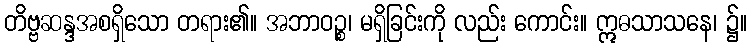
တိဗ္ဗဆန္ဒအစရှိသော တရား၏။ အဘာဝဉ္စ၊ မရှိခြင်းကို လည်း ကောင်း။ ဣဓသာသနေ၊ ၌။